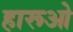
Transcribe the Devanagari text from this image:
हारूओ